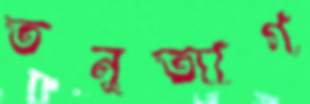
তনুত্যাগ